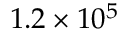
1 . 2 \times 1 0 ^ { 5 }